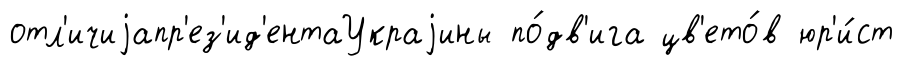
отл'ичиjапр'ез'ид'ентаУкраjины по́дв'ига цв'ето́в юр'и́ст